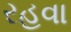
રહવા